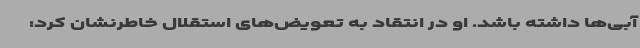
آبی‌ها داشته باشد. او در انتقاد به تعویض‌های استقلال خاطرنشان کرد:‌